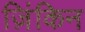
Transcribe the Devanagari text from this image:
ज़िंकिन